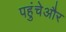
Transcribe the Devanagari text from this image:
पहुंचेऔर